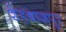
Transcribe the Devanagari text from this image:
शेहबाजपुर